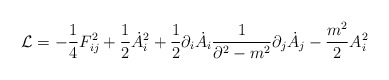
\begin{align*}{\cal L}=- \frac{1}{4} F_{ij}^2 +\frac{1}{2} {\dot A_i}^2 + \frac{1}{2}\partial_i{\dot A_i}\frac{1}{\partial^2 -m^2}\partial_j{\dot A_j} -\frac{m^2}{2}A_i^2 \end{align*}